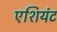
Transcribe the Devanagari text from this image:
एशियंट